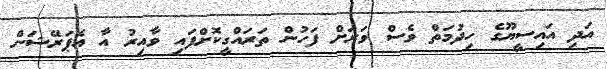
އަދި އައިސީޔޫގެ ހިދުމަތް ވެސް ވަރަށް ފަހުން ތަރައްގީކޮށްފައި ވާއިރު އާ އޮޕަރޭޝަން